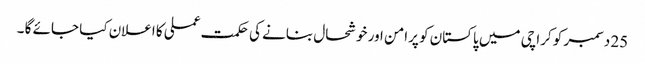
25 دسمبر کو کراچی میں پاکستان کو پرامن اور خوشحال بنانے کی حکمت عملی کا اعلان کیا جائے گا ۔